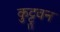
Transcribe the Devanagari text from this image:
कुट्टुवन